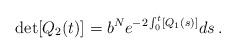
\begin{align*} \det[Q_2(t)] = b^N e^{-2\int_0^t [Q_1(s)]} ds\,.\end{align*}